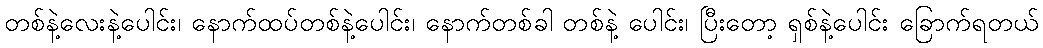
တစ်နဲ့လေးနဲ့ပေါင်း၊ နောက်ထပ်တစ်နဲ့ပေါင်း၊ နောက်တစ်ခါ တစ်နဲ့ ပေါင်း၊ ပြီးတော့ ရှစ်နဲ့ပေါင်း ခြောက်ရတယ်